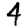
Digit: 4